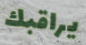
يراقبك